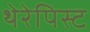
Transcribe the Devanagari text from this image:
थेरेपिस्ट